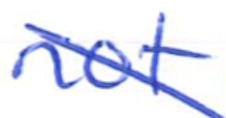
Text: not
Cross-out: diagonal
Writing tool: ballpoint